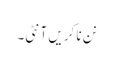
نن نا کریں آنٹی۔